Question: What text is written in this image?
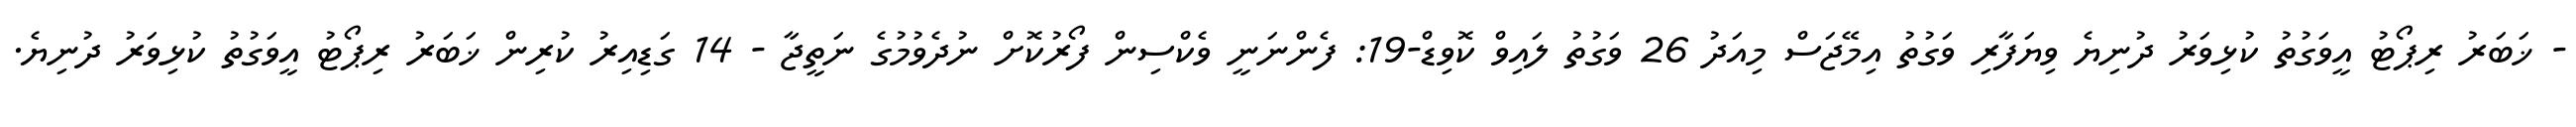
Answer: - ޚަބަރު ރިޕޯޓު އީވަގުތު ކުޅިވަރު ދުނިޔެ ވިޔަފާރި ވަގުތު އިމޭޖަސް މިއަދު 26 ވަގުތު ލައިވް ކޮވިޑް-19: ފެންނަނީ ވެކްސިން ފޯރުކޮށް ނުދެވުމުގެ ނަތީޖާ - 14 ގަޑިއިރު ކުރިން ޚަބަރު ރިޕޯޓު އީވަގުތު ކުޅިވަރު ދުނިޔެ.